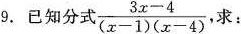
9.已知分式 $$\frac { 3 x - 4 } { ( x - 1 ) ( x - 4 ) }$$， 求：